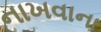
નાખવાના